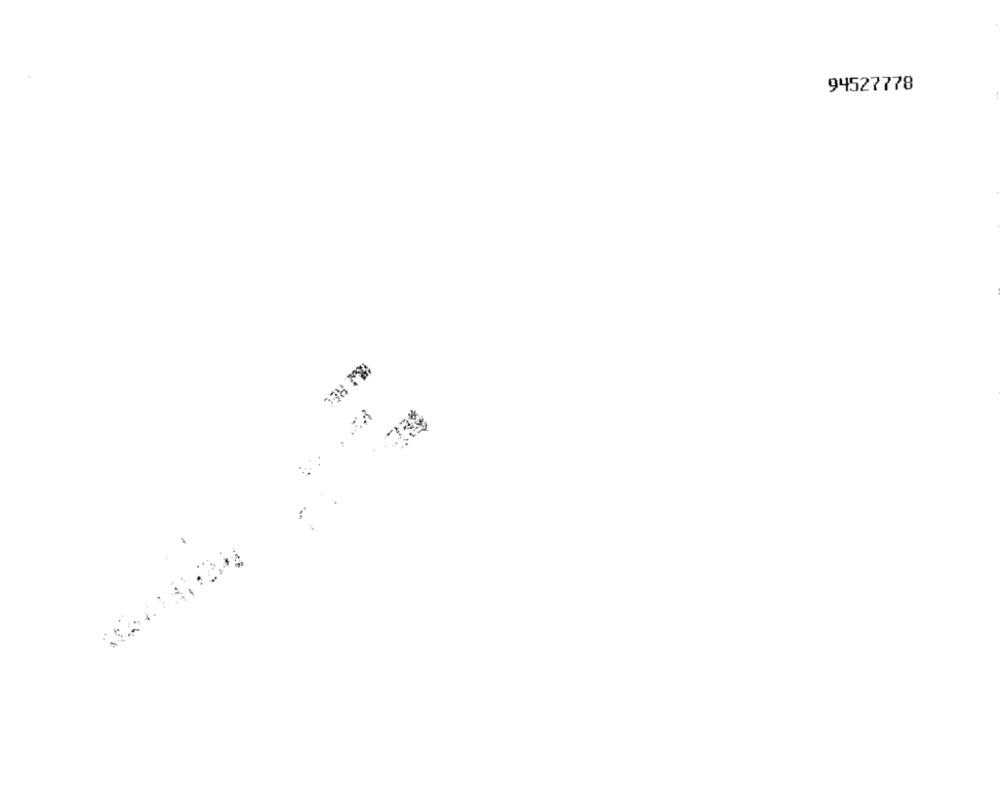
94527778
I REC